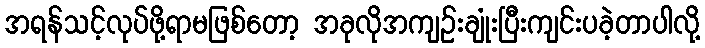
အရန်သင့်လုပ်ဖို့ရာမဖြစ်တော့ အခုလိုအကျဉ်းချုံးပြီးကျင်းပခဲ့တာပါလို့